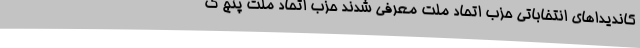
کاندیداهای انتخاباتی حزب اتحاد ملت معرفی شدند حزب اتحاد ملت پنج ک